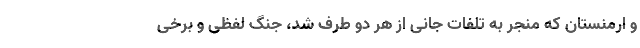
و ارمنستان که منجر به تلفات جانی از هر دو طرف شد، جنگ لفظی و برخی